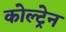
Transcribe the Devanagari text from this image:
कोल्ट्रेन